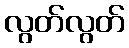
လွတ်လွတ်